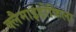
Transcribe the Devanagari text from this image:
क्लैमाइडोफिला